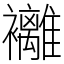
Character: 䙰